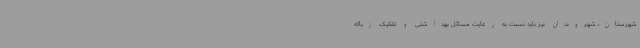
شهرستان، شهروندان نیز باید نسبت به رعایت مسائل بهداشتی و تفکیک زباله